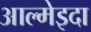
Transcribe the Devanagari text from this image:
आल्मेइदा